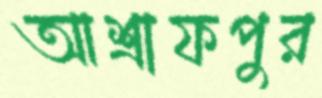
আশ্রাফপুর